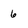
Character: 6